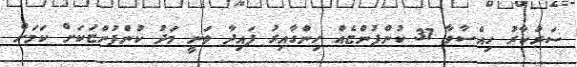
ސަރުކާރު ހިއްސާވާ 31 ކުންފުންޏެއް ހިންގާއިރު ފައިދާ ވަނީ މަދު ކުންފުންޏަކަށް ކަމަށް